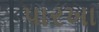
પારખા